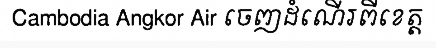
Cambodia Angkor Air ចេញដំណើរពីខេត្ត